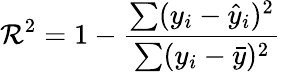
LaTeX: \mathcal{R}^{2}=1-\frac{{\sum(y_{i}-\hat{{y}}_{i})^{2}}}{{\sum(y_{i}-\bar{{y}})^{2}}}